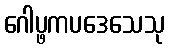
ဂေါပ္ဖကပဒေသေသု